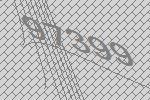
97399